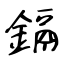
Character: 鎘